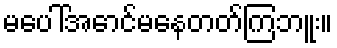
မပေါ်အောင်မနေတတ်ကြဘူး။